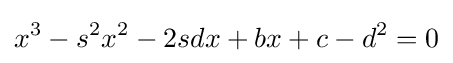
x^{3}-s^{2}x^{2}-2sdx+bx+c-d^{2}=0